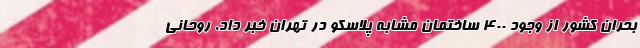
بحران کشور از وجود ۴۰۰ ساختمان مشابه پلاسکو در تهران خبر داد. روحانی